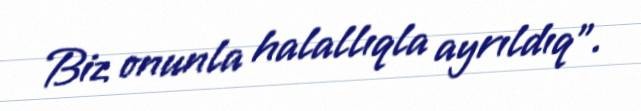
Biz onunla halallıqla ayrıldıq".